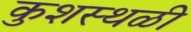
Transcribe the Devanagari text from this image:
कुशस्थळी